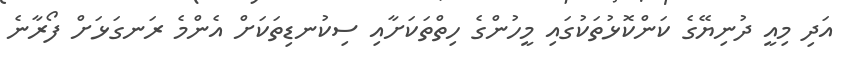
އަދި މިއީ ދުނިޔޭގެ ކަންކޮޅުތަކުގައި މީހުންގެ ހިތްތަކަށާއި ސިކުނޑިތަކަށް އެންމެ ރަނގަޅަށް ފޯރާނެ